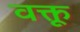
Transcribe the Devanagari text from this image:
वक्तू